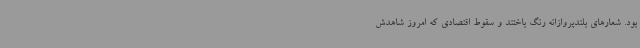
بود. شعارهای بلندپروازانه رنگ باختند و سقوط اقتصادی که امروز شاهدش